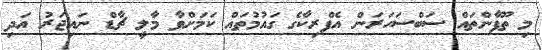
މި ތޫފާންތައް ސަބްސަހަރަން އެފްރިކާގެ ގައުމުތައް ކަމަށްވާ މާލީ ޗާޑް ނައިޖަރު އަދި